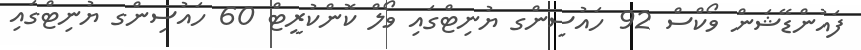
ފައުންޑޭޝަން ވޯކްސް 92 ހައުސިންގ ޔުނިޓްގައި ވޯލް ކޮންކުރީޓް 60 ހައުސިންގ ޔުނިޓްގައި